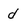
Character: d